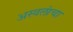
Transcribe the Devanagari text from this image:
अस्वलांचा